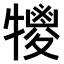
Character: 𤛵